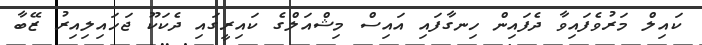
ކައިލް މަރުވެފައިވާ ދެފައިން ހިނގާފައި އައިސް މިޝްއަލްގެ ކައިރީގައި ދެކަކޫ ޖަހައިލިއިރު ޒޭބާ